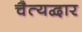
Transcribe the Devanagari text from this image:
चैत्यद्वार